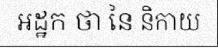
អដ្ឋក ថា នៃ និកាយ